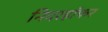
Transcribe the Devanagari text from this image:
निदरहॉफर